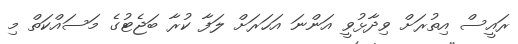
ރައީސް އިތުރަށް ވިދާޅުވީ އަންނަ އަހަރަށް ލަފާ ކުރާ ބަޖެޓުގެ މަސައްކަތް މި